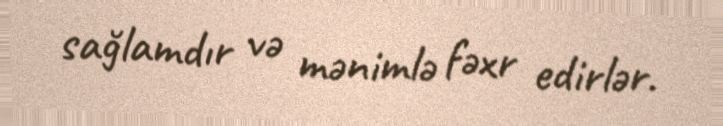
sağlamdır və mənimlə fəxr edirlər.